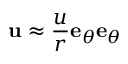
\mathbf { \nabla } \mathbf { u } \approx \frac { u } { r } \mathbf { e } _ { \theta } \mathbf { e } _ { \theta }